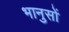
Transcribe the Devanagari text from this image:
भानुसों